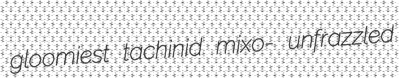
gloomiest tachinid mixo- unfrazzled